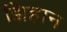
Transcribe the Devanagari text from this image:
झिहान